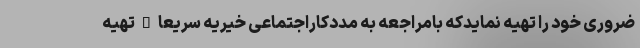
ضروری خود را تهیه نمایدکه بامراجعه به مددکاراجتماعی خیریه سریعا"تهیه